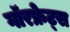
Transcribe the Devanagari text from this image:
गॉरफ्रेट्स